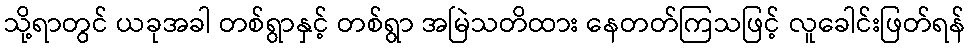
သို့ရာတွင် ယခုအခါ တစ်ရွာနှင့် တစ်ရွာ အမြဲသတိထား နေတတ်ကြသဖြင့် လူခေါင်းဖြတ်ရန်